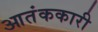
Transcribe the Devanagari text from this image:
आतंककारी